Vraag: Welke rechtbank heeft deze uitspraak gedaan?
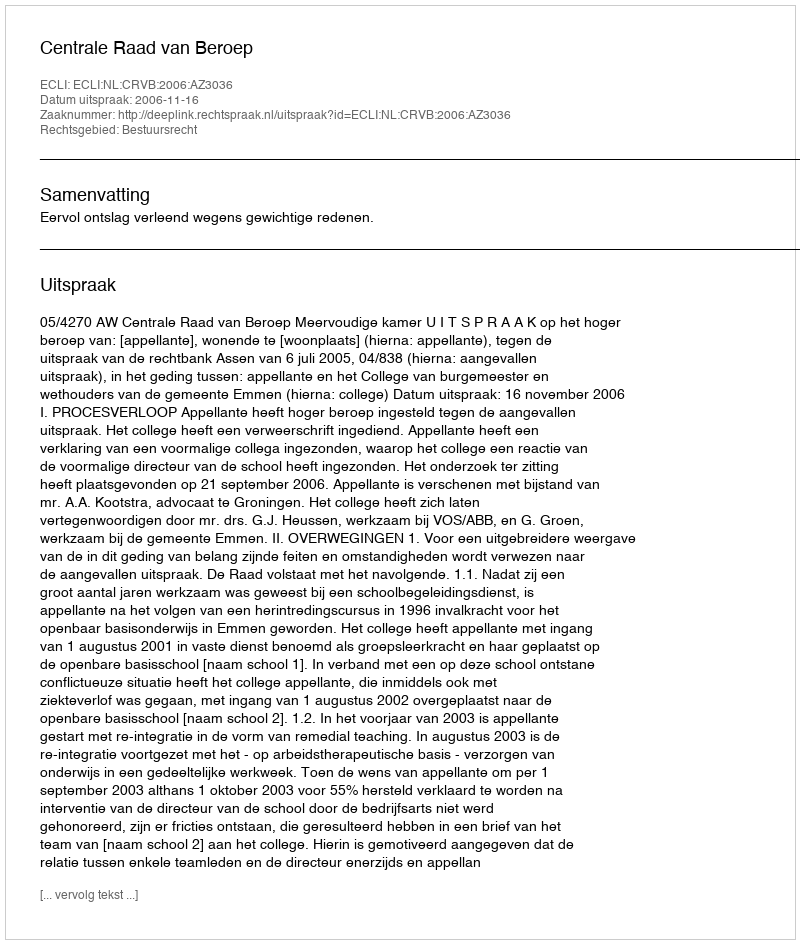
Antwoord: Centrale Raad van Beroep